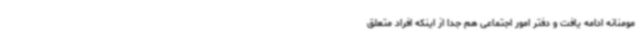
مومنانه ادامه یافت و دفتر امور اجتماعی هم جدا از اینکه افراد متعلق